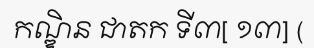
កណ្ឌិន ជាតក ទី៣[ ១៣] (